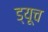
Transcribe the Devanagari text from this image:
ड्यूच